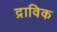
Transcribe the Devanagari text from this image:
द्राविक